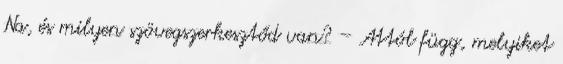
Na, és milyen szövegszerkesztőd van? – Attól függ, melyiket